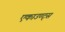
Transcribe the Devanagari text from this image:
एकाउण्‍ट्स